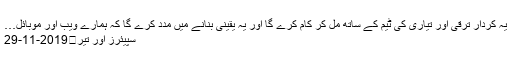
یہ کردار ترقی اور تیاری کی ٹیم کے ساتھ مل کر کام کرے گا اور یہ یقینی بنانے میں مدد کرے گا کہ ہمارے ویب اور موبائل…
سپیئرز اور تیر	2019-11-29